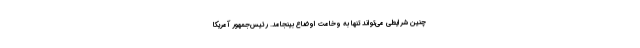
چنین شرایطی می‌تواند تنها به وخامت اوضاع بینجامد. رئیس‌جمهور آمریکا